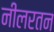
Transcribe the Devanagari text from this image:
नीलरतन